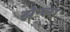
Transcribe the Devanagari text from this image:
झेन्ला